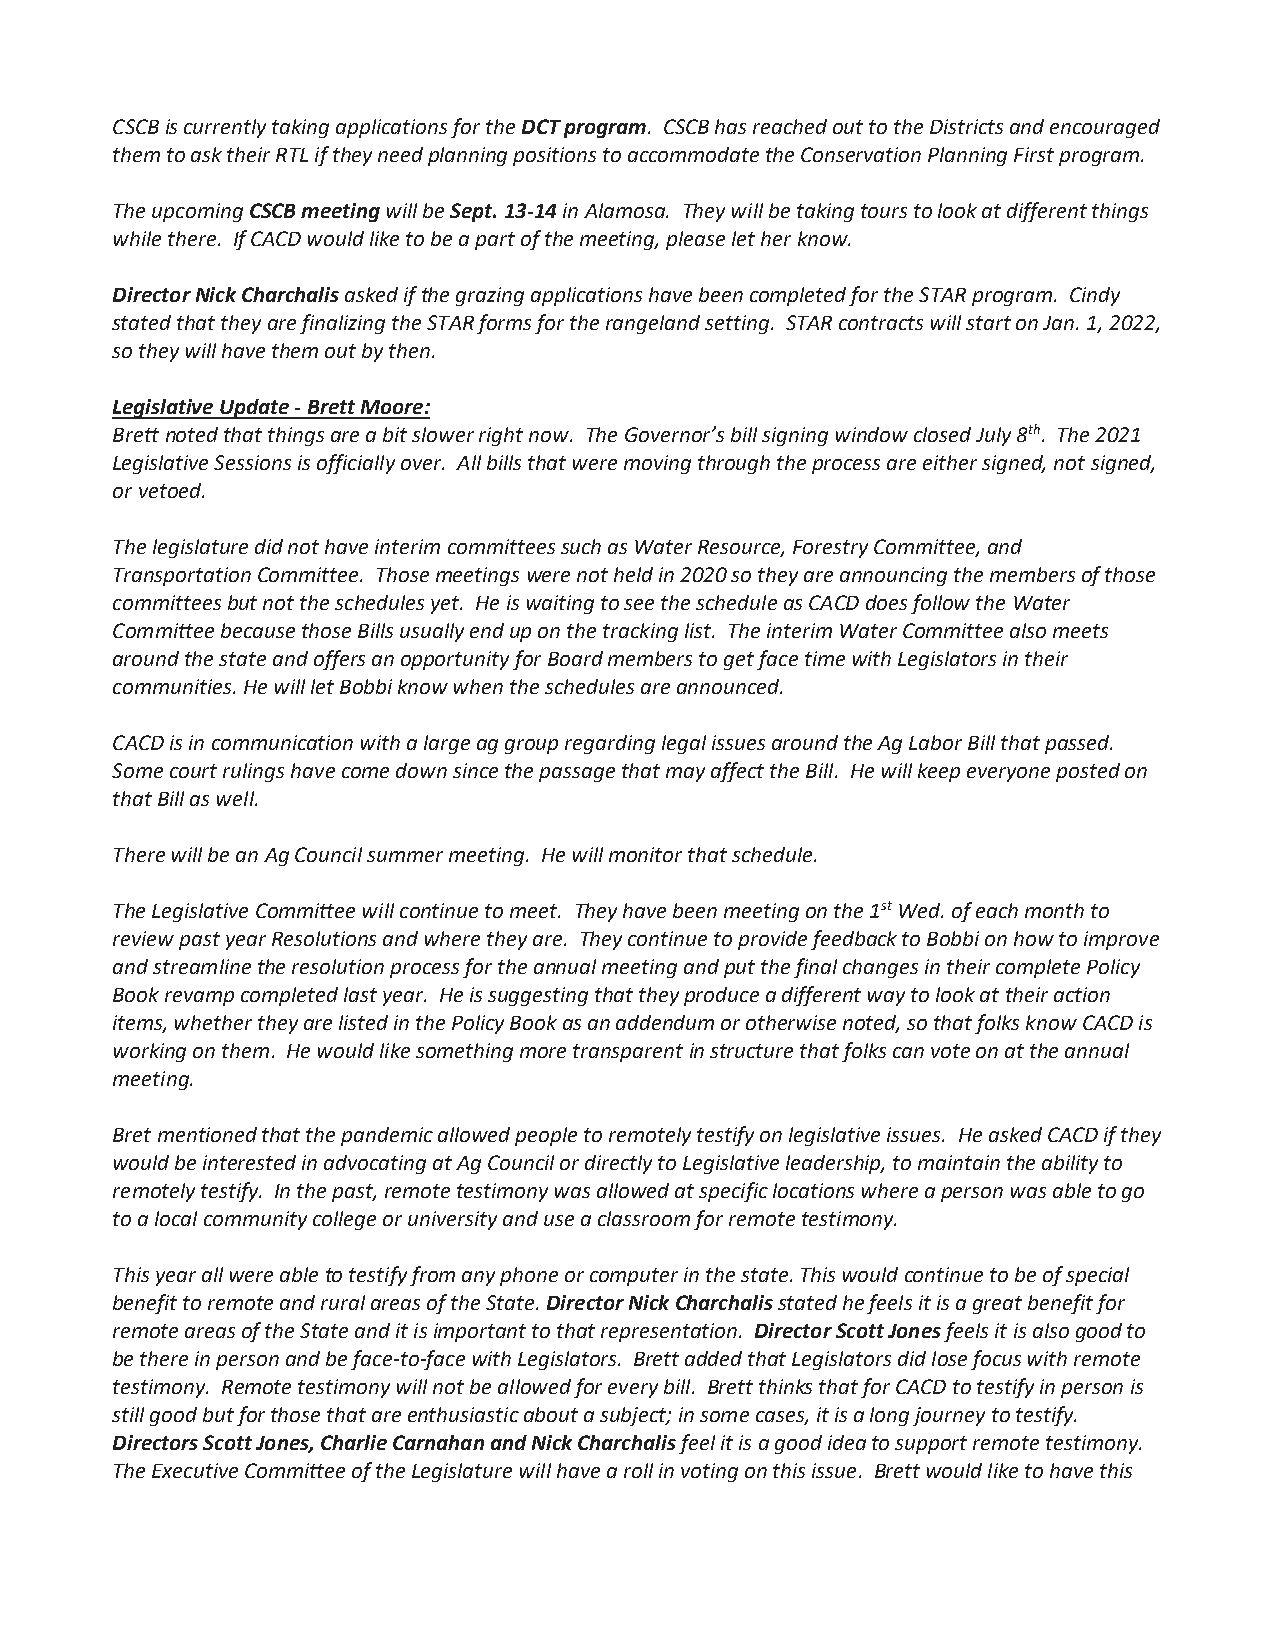
CSCB is currently taking applications for the DCT program. CSCB has reached out to the Districts and encouraged
 them to ask their RTL if they need planning positions to accommodate the Conservation Planning First program.
 The upcoming CSCB meeting will be Sept. 13-14 in Alamosa. They will be taking tours to look at different things
 while there. If CACD would like to be a part of the meeting, please let her know.
 Director Nick Charchalis asked if the grazing applications have been completed for the STAR program. Cindy
 stated that they are finalizing the STAR forms for the rangeland setting. STAR contracts will start on Jan. 1, 2022,
 so they will have them out by then.
 Legislative Update - Brett Moore:
 Brett noted that things are a bit slower right now. The Governor’s bill signing window closed July 8th. The 2021
 Legislative Sessions is officially over. All bills that were moving through the process are either signed, not signed,
 or vetoed.
 The legislature did not have interim committees such as Water Resource, Forestry Committee, and
 Transportation Committee. Those meetings were not held in 2020 so they are announcing the members of those
 committees but not the schedules yet. He is waiting to see the schedule as CACD does follow the Water
 Committee because those Bills usually end up on the tracking list. The interim Water Committee also meets
 around the state and offers an opportunity for Board members to get face time with Legislators in their
 communities. He will let Bobbi know when the schedules are announced.
 CACD is in communication with a large ag group regarding legal issues around the Ag Labor Bill that passed.
 Some court rulings have come down since the passage that may affect the Bill. He will keep everyone posted on
 that Bill as well.
 There will be an Ag Council summer meeting. He will monitor that schedule.
 The Legislative Committee will continue to meet. They have been meeting on the 1st Wed. of each month to
 review past year Resolutions and where they are. They continue to provide feedback to Bobbi on how to improve
 and streamline the resolution process for the annual meeting and put the final changes in their complete Policy
 Book revamp completed last year. He is suggesting that they produce a different way to look at their action
 items, whether they are listed in the Policy Book as an addendum or otherwise noted, so that folks know CACD is
 working on them. He would like something more transparent in structure that folks can vote on at the annual
 meeting.
 Bret mentioned that the pandemic allowed people to remotely testify on legislative issues. He asked CACD if they
 would be interested in advocating at Ag Council or directly to Legislative leadership, to maintain the ability to
 remotely testify. In the past, remote testimony was allowed at specific locations where a person was able to go
 to a local community college or university and use a classroom for remote testimony.
 This year all were able to testify from any phone or computer in the state. This would continue to be of special
 benefit to remote and rural areas of the State. Director Nick Charchalis stated he feels it is a great benefit for
 remote areas of the State and it is important to that representation. Director Scott Jones feels it is also good to
 be there in person and be face-to-face with Legislators. Brett added that Legislators did lose focus with remote
 testimony. Remote testimony will not be allowed for every bill. Brett thinks that for CACD to testify in person is
 still good but for those that are enthusiastic about a subject; in some cases, it is a long journey to testify.
 Directors Scott Jones, Charlie Carnahan and Nick Charchalis feel it is a good idea to support remote testimony.
 The Executive Committee of the Legislature will have a roll in voting on this issue. Brett would like to have this